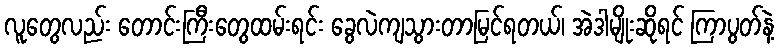
လူတွေလည်း တောင်းကြီးတွေထမ်းရင်း ခွေလဲကျသွားတာမြင်ရတယ်၊ အဲဒါမျိုးဆိုရင် ကြာပွတ်နဲ့